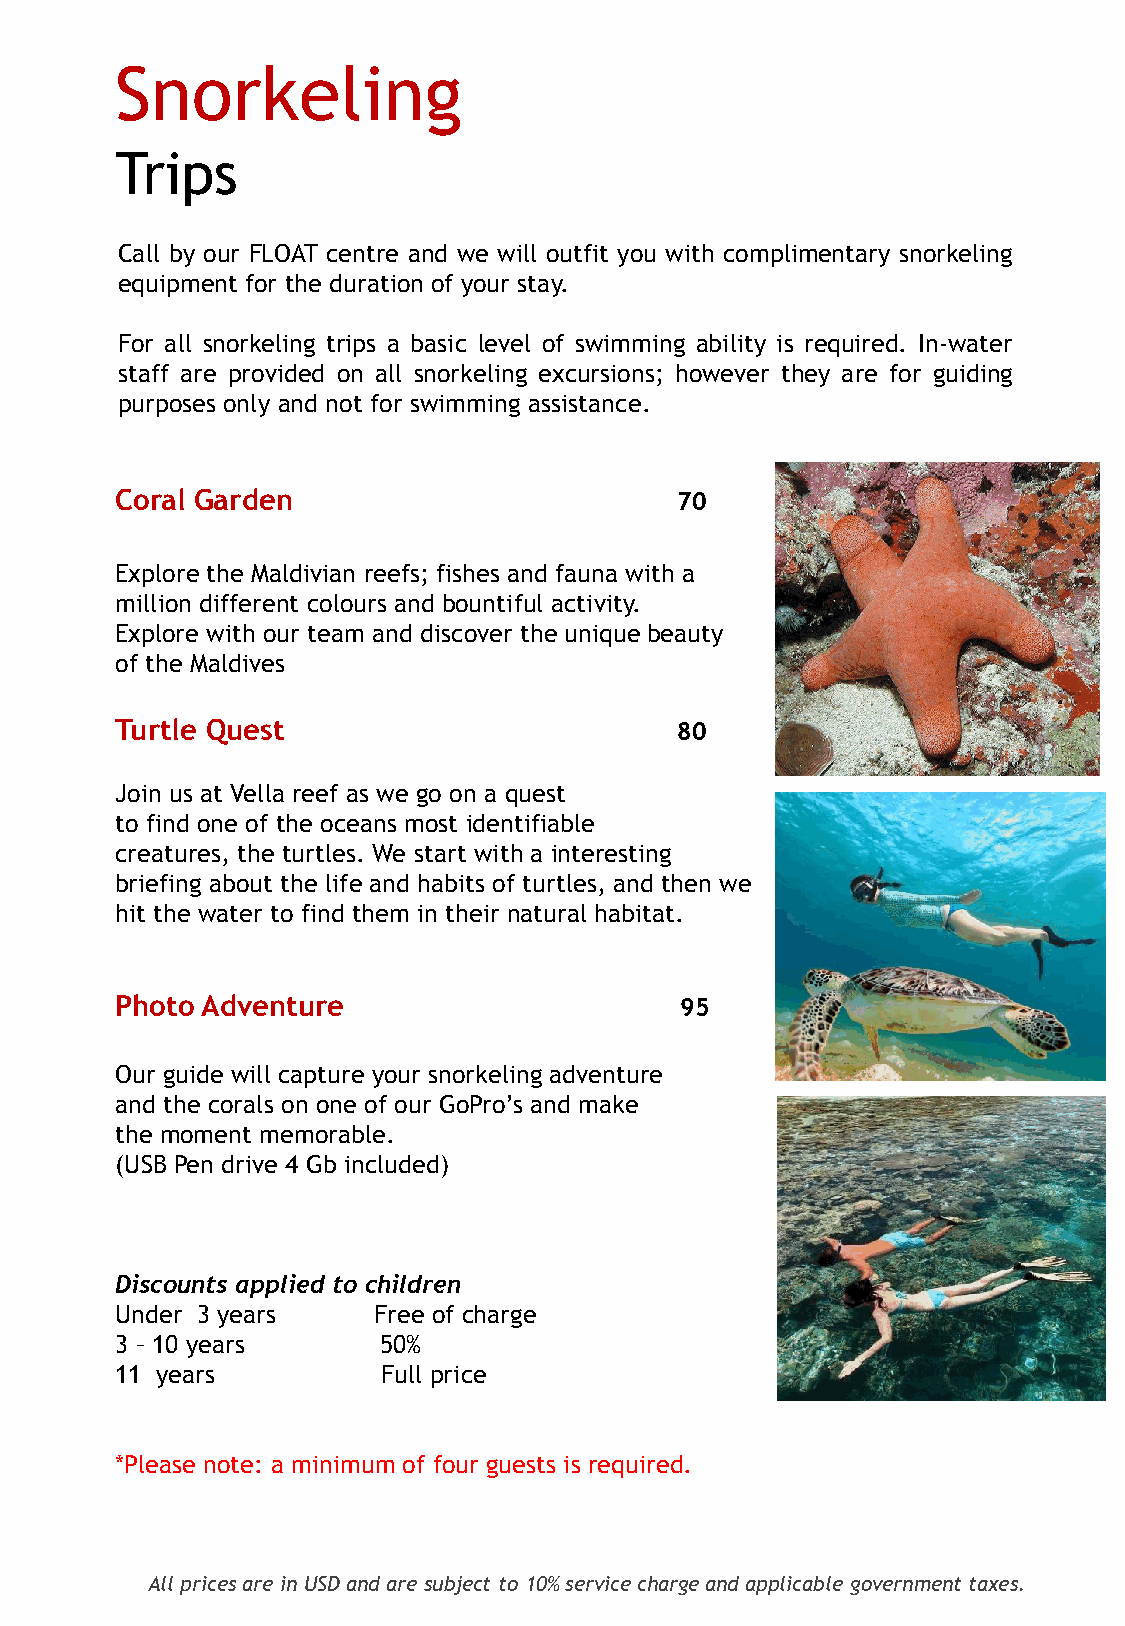
Snorkeling
 Trips
 Call by our FLOAT centre and we will outfit you with complimentary snorkeling
 equipment for the duration of your stay.
 For all snorkeling trips a basic level of swimming ability is required. In-water
 staff are provided on all snorkeling excursions; however they are for guiding
 purposes only and not for swimming assistance.
 Coral Garden                         70
 Explore the Maldivian reefs; fishes and fauna with a
 million different colours and bountiful activity.
 Explore with our team and discover the unique beauty
 of the Maldives
 Turtle Quest                         80
 Join us at Vella reef as we go on a quest
 to find one of the oceans most identifiable
 creatures, the turtles. We start with a interesting
 briefing about the life and habits of turtles, and then we
 hit the water to find them in their natural habitat.
 Photo Adventure                      95
 Our guide will capture your snorkeling adventure
 and the corals on one of our GoPro’s and make
 the moment memorable.
 (USB Pen drive 4 Gb included)
 Discounts applied to children
 Under 3 years    Free of charge
 3 – 10 years     50%
 11 years         Full price
 *Please note: a minimum of four guests is required.
 All prices are in USD and are subject to 10% service charge and applicable government taxes.